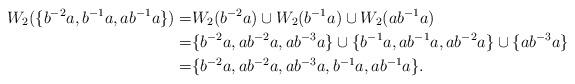
LaTeX: \begin{align*}W_2(\{b^{-2}a,b^{-1}a,ab^{-1}a\})=&W_2(b^{-2}a)\cup W_2(b^{-1}a)\cup W_2(ab^{-1}a)\\=&\{b^{-2}a,ab^{-2}a,ab^{-3}a\}\cup \{b^{-1}a,ab^{-1}a,ab^{-2}a\}\cup \{ab^{-3}a\}\\=&\{b^{-2}a,ab^{-2}a,ab^{-3}a,b^{-1}a,ab^{-1}a\}.\end{align*}